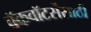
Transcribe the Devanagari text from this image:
बॅकवॉटर्सेसाठी